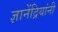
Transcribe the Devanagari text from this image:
ज्ञानेंद्रियांनी